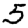
Digit: 5